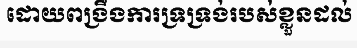
ដោយពង្រឹងការទ្រទ្រង់របស់ខ្លួនដល់